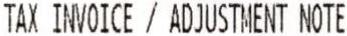
TAX INVOICE / ADJUSTMENT NOTE